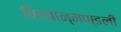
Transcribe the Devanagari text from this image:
विद्वान्मण्डली